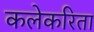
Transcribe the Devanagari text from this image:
कलेकरिता